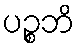
ပဉ္စဘိ